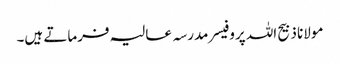
مولانا ذبیح اللہ پروفیسر مدرسہ عالیہ فرماتے ہیں۔